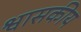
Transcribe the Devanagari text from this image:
श्वासकीय